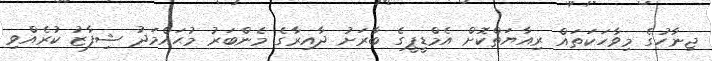
ޖިނާހުގެ މިވާހަކަތައް ރިއާޔަތްކޮށް އެމްޑީޕީގެ ބާރަށު ދާއިރާގެ މެންބަރު މުޙައްމަދު ޝިފާޒު ކުރެއްވި